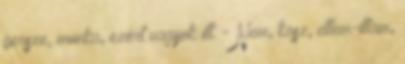
persze, munka, ezért vagyok itt. - Nem, kösz, ettem-ittam,